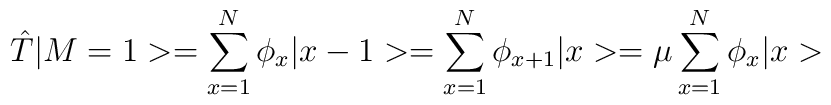
\hat{T}|M=1>=\sum_{x=1}^{N}\phi_{x}|x-1>=\sum_{x=1}^{N}\phi_{x+1}|x>=\mu \sum_{x=1}^{N}\phi_{x}|x>